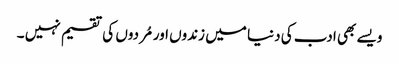
ویسے بھی ادب کی دنیا میں زندوں اور مُردوں کی تقسیم نہیں ۔